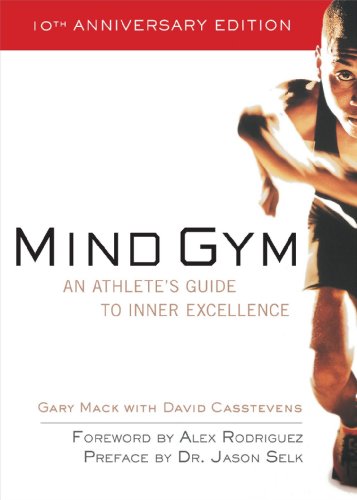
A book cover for Mind Gym : An Athlete's Guide to Inner Excellence; Gary Mack; Health, Fitness & Dieting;